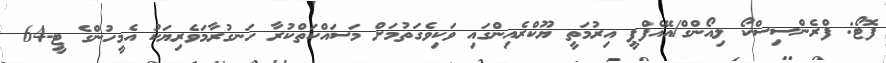
ފޮޓޯ: ފްރެންސިސްކޯ ލިއޯންގް/އޭއެފްޕީ އިރުމަތީ ޔޫކްރެއިންގައި ވަކިވެގަތުމަށް މަސައްކަތްކުރާ ހަނގުރާމަވެރިޔަކު އެމީހުންގެ ޓީ-64